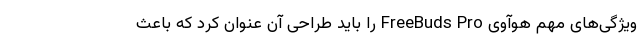
ویژگی‌های مهم هوآوی FreeBuds Pro را باید طراحی آن عنوان کرد که باعث